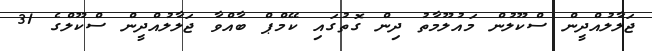
ޖަލާލުއްދީން ސްކޫލުން މައުލޫމާތު ދިން ގޮތުގައި ކޭމްޕް ބާއްވާ ޖަލާލުއްދީން ސްކޫލްގެ 31